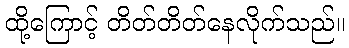
ထို့ကြောင့် တိတ်တိတ်နေလိုက်သည်။